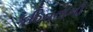
કઠિનતાની